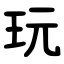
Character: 玩